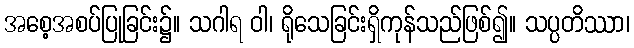
အစေ့အစပ်ပြုခြင်း၌။ သဂါရ ဝါ၊ ရိုသေခြင်းရှိကုန်သည်ဖြစ်၍။ သပ္ပတိဿာ၊